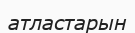
атластарын